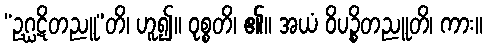
“ဥဂ္ဃဋိတညူ”တိ၊ ဟူ၍။ ဝုစ္စတိ၊ ၏။ အယံ ဝိပဉ္စိတညူတိ၊ ကား။